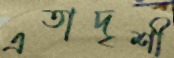
এতাদৃশী